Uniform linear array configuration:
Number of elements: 64
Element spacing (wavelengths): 0.25
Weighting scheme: uniform
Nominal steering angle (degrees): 30
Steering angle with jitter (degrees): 29.097
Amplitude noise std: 0.05
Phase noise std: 0.05

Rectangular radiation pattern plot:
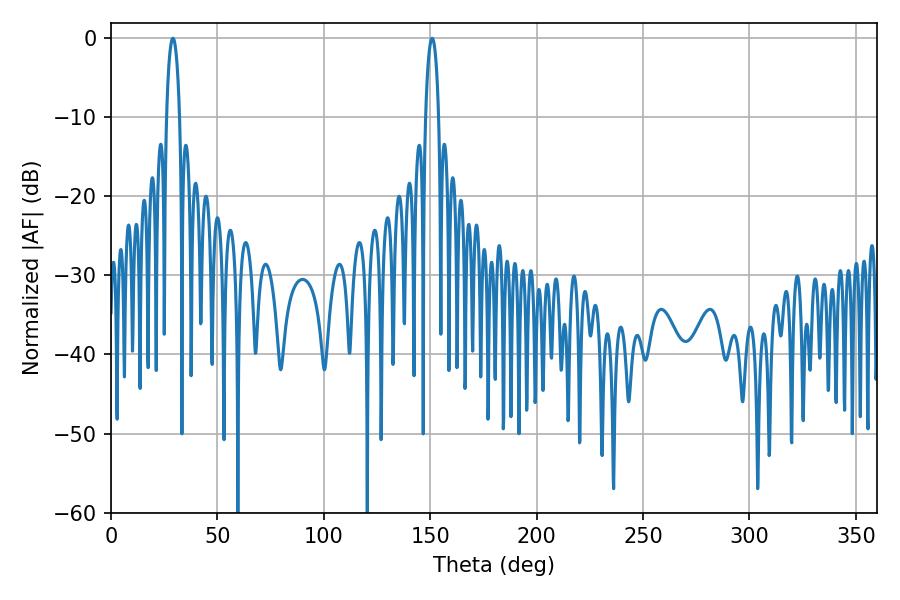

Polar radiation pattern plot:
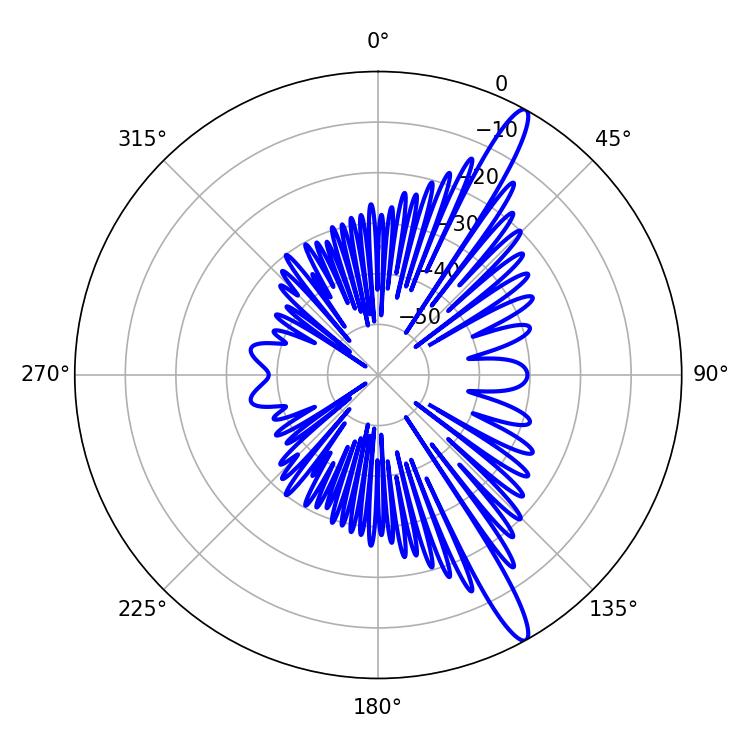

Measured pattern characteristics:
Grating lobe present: FALSE
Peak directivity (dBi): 14.596
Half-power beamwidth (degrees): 3.42
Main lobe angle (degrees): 29.16